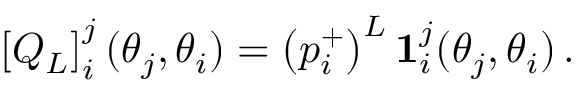
\left[ Q _ { L } \right] _ { i } ^ { j } ( \theta _ { j } , \theta _ { i } ) = \left( p _ { i } ^ { + } \right) ^ { L } \mathbf { 1 } _ { i } ^ { j } ( \theta _ { j } , \theta _ { i } ) \, .